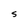
Character: S